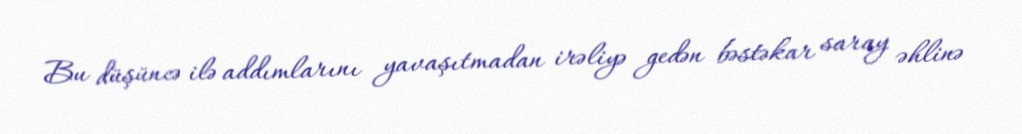
Bu düşüncə ilə addımlarını yavaşıtmadan irəliyə gedən bəstəkar saray əhlinə